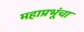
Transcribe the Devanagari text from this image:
महाप्रभूंचा